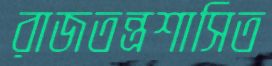
রাজতন্ত্রশাসিত